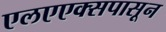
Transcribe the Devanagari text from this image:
एलएएक्सपासून